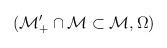
LaTeX: \begin{align*}(\mathcal{M}_{+}^{\prime }\cap \mathcal{M}\subset \mathcal{M},\Omega \mathcal{)}\end{align*}